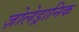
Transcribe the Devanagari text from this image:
ज़ोलेड्रानिक